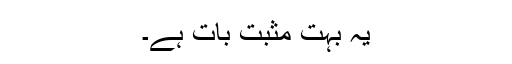
یہ بہت مثبت بات ہے۔